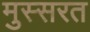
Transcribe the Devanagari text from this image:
मुस्सरत